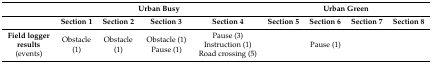
<table><thead><tr><td rowspan="2"></td><td colspan="4"><b>Urban Busy</b></td><td colspan="4"><b>Urban Green</b></td></tr><tr><td><b>Section 1</b></td><td><b>Section 2</b></td><td><b>Section 3</b></td><td><b>Section 4</b></td><td><b>Section 5</b></td><td><b>Section 6</b></td><td><b>Section 7</b></td><td><b>Section 8</b></td></tr></thead><tbody><tr><td rowspan="3"><b>Field logger results</b> (events)</td><td rowspan="3">Obstacle (1)</td><td rowspan="3">Obstacle (1)</td><td rowspan="3">Obstacle (1)Pause (1)</td><td>Pause (3)</td><td rowspan="3"></td><td rowspan="3">Pause (1)</td><td rowspan="3"></td><td rowspan="3"></td></tr><tr><td>Instruction (1)</td></tr><tr><td>Road crossing (5)</td></tr></tbody></table>